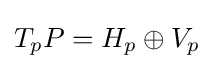
T_{p}P=H_{p}\oplus V_{p}